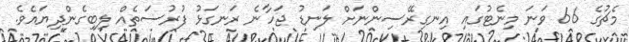
މެޗުގެ 66 ވަނަ މިނެޓުގައި އިނގިރޭސިންނަށް ލަނޑު ޖަހާނެ ރަނގަޅު ފުރުސަތެއް ލިބިގެންދިޔައެވެ.